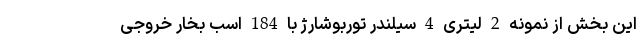
این بخش از نمونه 2 لیتری 4 سیلندر توربوشارژ با 184 اسب بخار خروجی